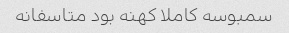
سمبوسه کاملا کهنه بود متاسفانه